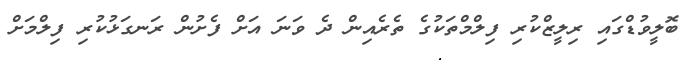
ބޮލީވުޑްގައި ރިލީޒްކުރި ފިލްމްތަކުގެ ތެރެއިން ދެ ވަނަ އަށް ފެށުން ރަނގަޅުކުރި ފިލްމަށް